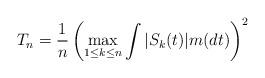
LaTeX: \begin{align*}T_n= \frac 1 n \left ( \max_{1 \leq k \leq n} \int |S_k(t)| m(dt) \right)^2\end{align*}